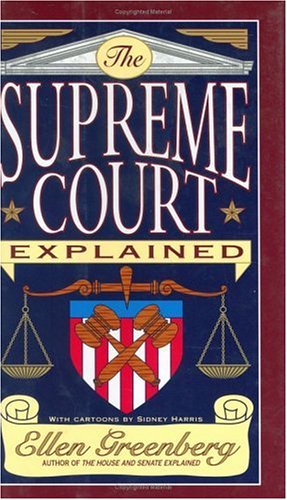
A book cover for The Supreme Court Explained; Ellen Greenberg; Law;